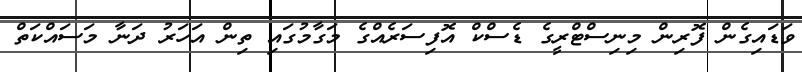
ވަޑައިގެން ފޮރިން މިނިސްޓްރީގެ ޑެސްކް އޮފިސަރެއްގެ މަގާމުގައި ތިން އަހަރު ދަނާ މަސައްކަތް